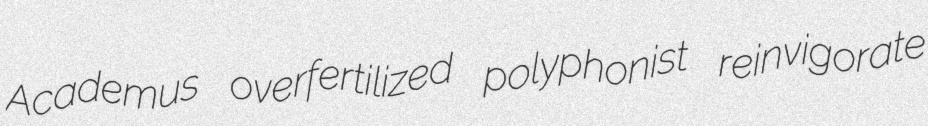
Academus overfertilized polyphonist reinvigorate